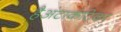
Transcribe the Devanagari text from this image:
हैअंटार्कटिका